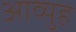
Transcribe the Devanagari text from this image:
आव्युह